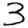
Digit: 3